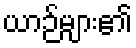
ယာဉ်များ၏